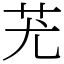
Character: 𦬓